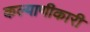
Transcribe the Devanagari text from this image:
कल्याणीकारी